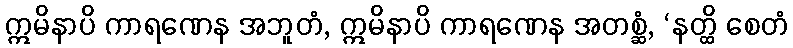
ဣမိနာပိ ကာရဏေန အဘူတံ, ဣမိနာပိ ကာရဏေန အတစ္ဆံ, ‘နတ္ထိ စေတံ